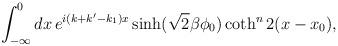
LaTeX: \begin{align*}\int_{-\infty}^{0}dx\,e^{i(k+k'-k_{1})x}\sinh(\sqrt{2}\beta\phi_{0})\coth^{n}2(x-x_{0}),\end{align*}